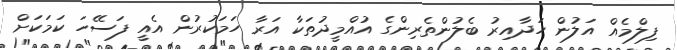
ފިލްމެއް އަލުން ހަދާއިރު ބެލުންތެރިންގެ އުއްމީދުތަކާ އަރާ ހަމަކުރުން އެއީ ފަސޭހަ ކަމަކަށް